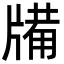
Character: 㸢